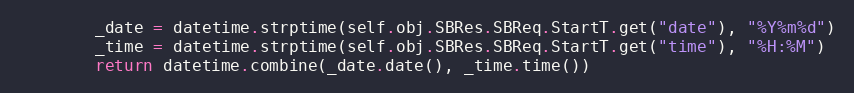
Language: Python
        _date = datetime.strptime(self.obj.SBRes.SBReq.StartT.get("date"), "%Y%m%d")
        _time = datetime.strptime(self.obj.SBRes.SBReq.StartT.get("time"), "%H:%M")
        return datetime.combine(_date.date(), _time.time())